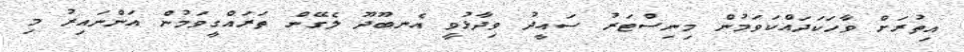
އިތުރަށް ވާހަކަދައްކަވަމުން މިނިސްޓަރު ސައީދު ވިދާޅުވީ އެނބޫދޫ ލެގޭން ތަރައްގީވަމުން އަންނައިރު މި